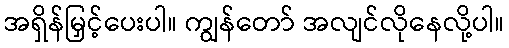
အရှိန်မြှင့်ပေးပါ။ ကျွန်တော် အလျင်လိုနေလို့ပါ။